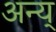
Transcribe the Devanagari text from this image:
अन्य्